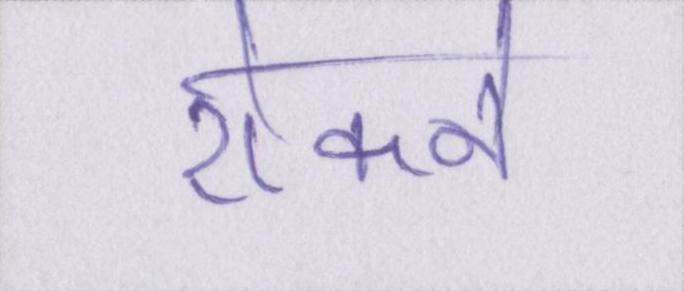
रोकने